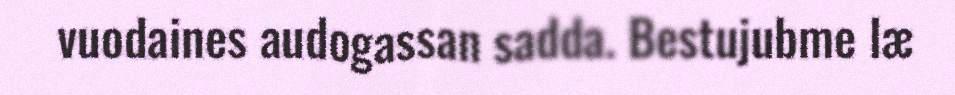
vuodaines audogassan sadda. Bestujubme læ